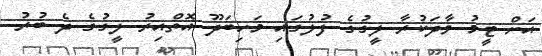
އަށް ޓީމު ވާދަކުރާ ލީގުގެ ފުލުގައި މަހިބަދޫ އޮތްއިރު ލީގުގެ ދެ ބުރު